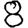
Digit: 8